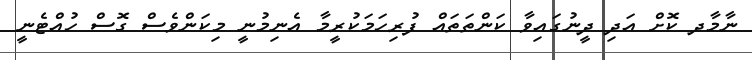
ނާމާދ ކޮށް އަދި ދީނުގައިވާ ކަންތަތައް ފުރިހަމަކުރީމާ އެނިމުނީ މިކަންވެސް ގޮސް ހުއްޓެނީ